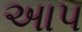
અાપ